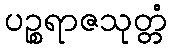
ပဉ္စရာဇသုတ္တံ